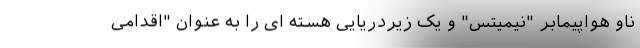
ناو هواپیمابر "نیمیتس" و یک زیردریایی هسته ای را به عنوان "اقدامی